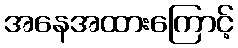
အနေအထားကြောင့်